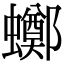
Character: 𧓸